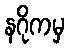
နဂိုကမှ